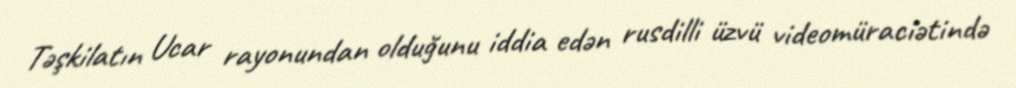
Təşkilatın Ucar rayonundan olduğunu iddia edən rusdilli üzvü videomüraciətində